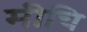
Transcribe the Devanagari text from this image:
मीचि